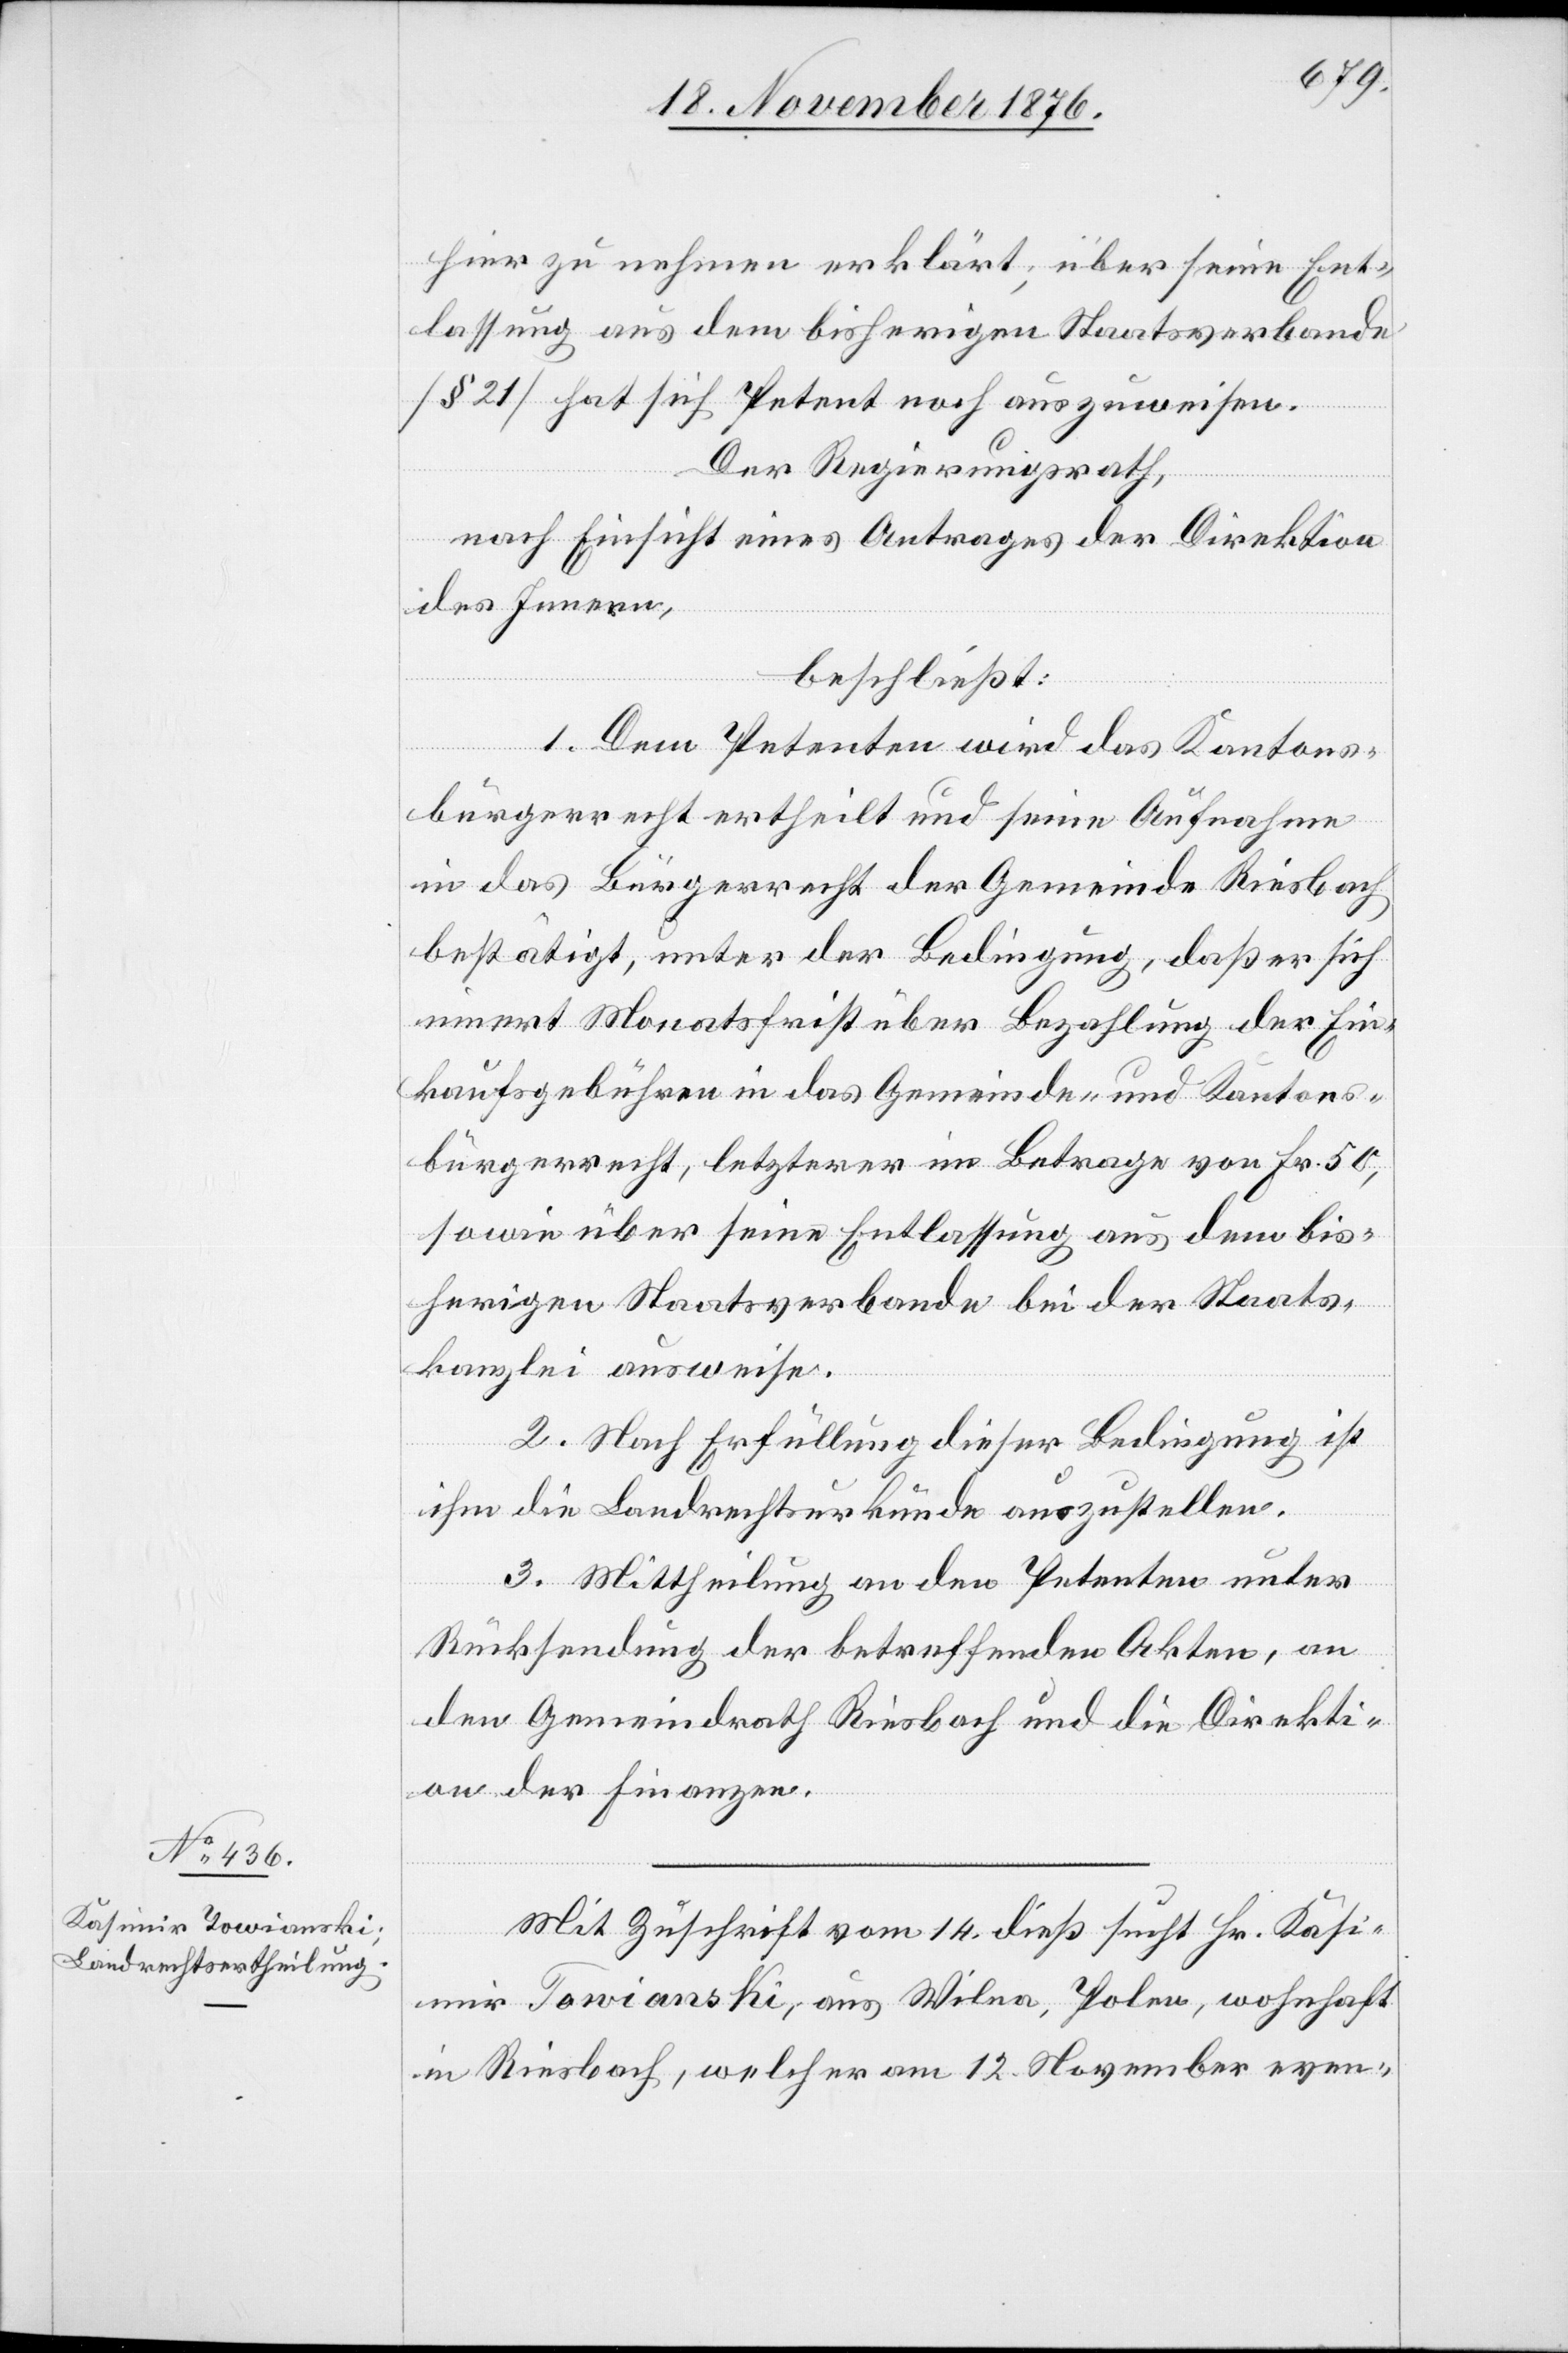
Mit Zuschrift vom 14. dieß sucht Hr. Kasi¬
mir Towianski, aus Wilea, Polen, wohnhaft
in Riesbach, welcher am 12. November even-